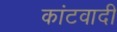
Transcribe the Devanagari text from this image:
कांटवादी